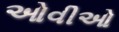
ઓવીઓ